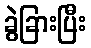
ခွဲခြားပြီး